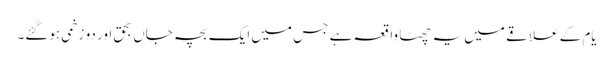
یام کے علاقے میں یہ چھٹا واقعہ ہے جس میں ایک بچہ جاں بحق اور دو زخمی ہوگئے۔